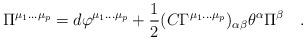
LaTeX: \begin{align*}\Pi^{\mu_1\dots \mu_p} =d \varphi^{\mu_1 \dots \mu_p} +{1\over 2}(C \Gamma^{\mu_1\dots \mu_p})_{\alpha \beta}\theta^\alpha \Pi^\beta\quad.\end{align*}